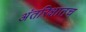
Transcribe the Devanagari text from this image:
अंतरिक्षातच